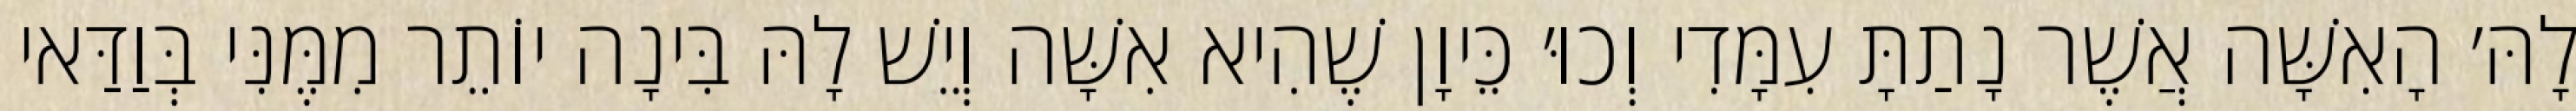
לָהּ׳ הָאִשָּׁה אֲשֶׁר נָתַתָּ עִמָּדִי וְכוּ׳ כֵּיוָן שֶׁהִיא אִשָּׁה וְיֵשׁ לָהּ בִּינָה יוֹתֵר מִמֶּנִּי בְּוַדַּאי